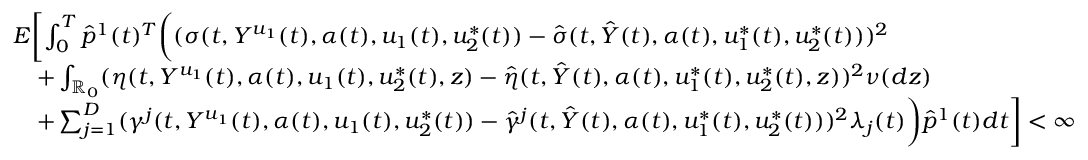
\begin{array} { r l } & { E \biggl [ \int _ { 0 } ^ { T } \hat { p } ^ { 1 } ( t ) ^ { T } \biggl ( ( \sigma ( t , Y ^ { u _ { 1 } } ( t ) , \alpha ( t ) , u _ { 1 } ( t ) , u _ { 2 } ^ { * } ( t ) ) - \hat { \sigma } ( t , \hat { Y } ( t ) , \alpha ( t ) , u _ { 1 } ^ { * } ( t ) , u _ { 2 } ^ { * } ( t ) ) ) ^ { 2 } } \\ & { \quad + \int _ { \mathbb { R } _ { 0 } } ( \eta ( t , Y ^ { u _ { 1 } } ( t ) , \alpha ( t ) , u _ { 1 } ( t ) , u _ { 2 } ^ { * } ( t ) , z ) - \hat { \eta } ( t , \hat { Y } ( t ) , \alpha ( t ) , u _ { 1 } ^ { * } ( t ) , u _ { 2 } ^ { * } ( t ) , z ) ) ^ { 2 } \nu ( d z ) } \\ & { \quad + \sum _ { j = 1 } ^ { D } ( \gamma ^ { j } ( t , Y ^ { u _ { 1 } } ( t ) , \alpha ( t ) , u _ { 1 } ( t ) , u _ { 2 } ^ { * } ( t ) ) - \hat { \gamma } ^ { j } ( t , \hat { Y } ( t ) , \alpha ( t ) , u _ { 1 } ^ { * } ( t ) , u _ { 2 } ^ { * } ( t ) ) ) ^ { 2 } \lambda _ { j } ( t ) \biggr ) \hat { p } ^ { 1 } ( t ) d t \biggr ] < \infty } \end{array}